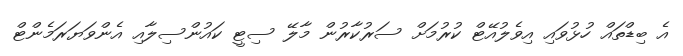
އެ ބިޑްތައް ހުޅުވައި އިވެލުއޭޓް ކުރުމަށް ސަރުކާރުން މާލޭ ސިޓީ ކައުންސިލާއި އެންވަޔަރަމެންޓް